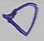
Text: D